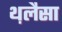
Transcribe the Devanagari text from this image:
थ़लैसा